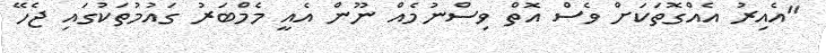
"އެއިރު އެއްގޮތަކަށް ވެސް އޮތް ވިސްނުމެއް ނޫން އެއީ މެމްބަރު ގައުމުތަކުގައި ޖެހޭ